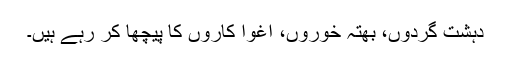
دہشت گردوں، بھتہ خوروں، اغوا کاروں کا پیچھا کر رہے ہیں۔